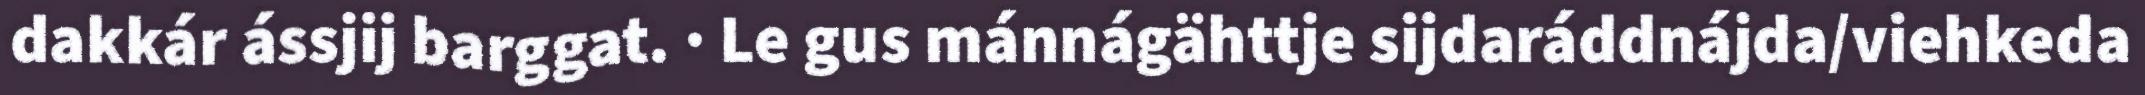
dakkár ássjij barggat. · Le gus mánnágähttje sijdaráddnájda/viehkeda